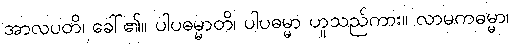
အာလပတိ၊ ခေါ်၏။ ပါပဓမ္မာတိ၊ ပါပဓမ္မာ ဟူသည်ကား။ လာမကဓမ္မာ၊